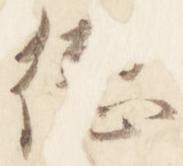
徳